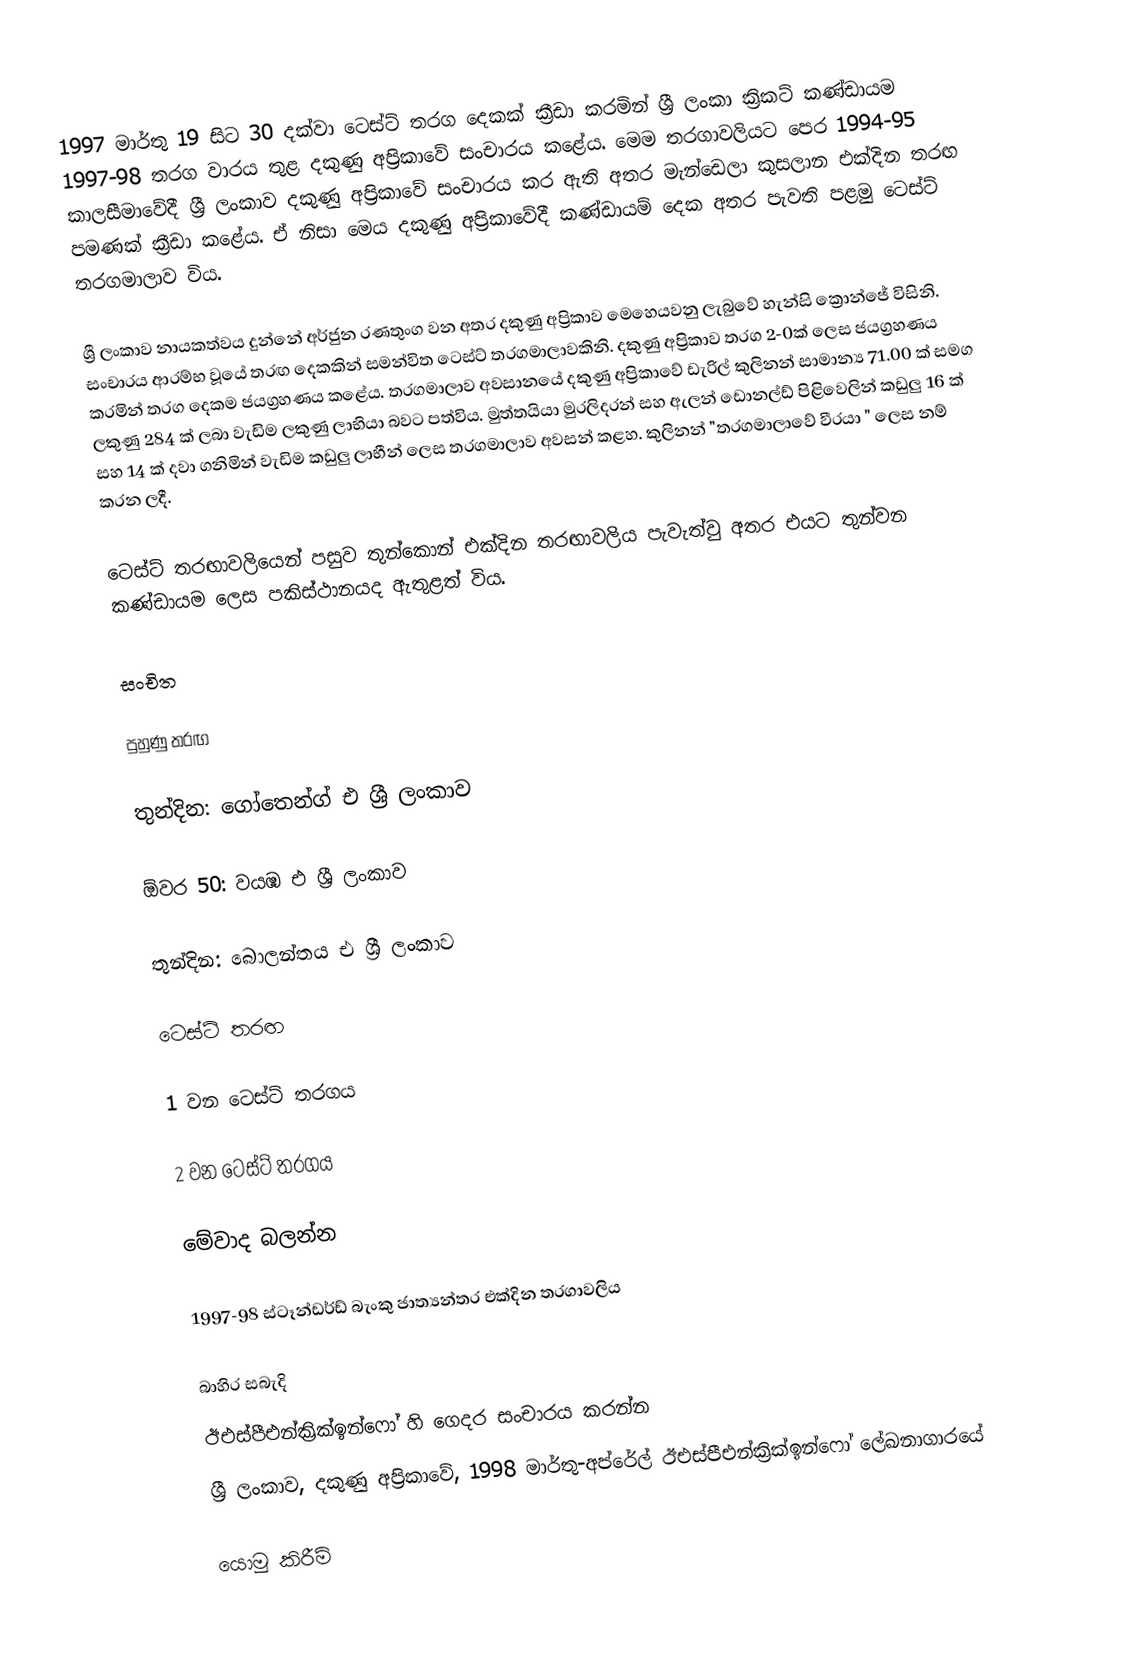
1997 මාර්තු 19 සිට 30 දක්වා ටෙස්ට් තරග දෙකක් ක්‍රීඩා කරමින් ශ්‍රී ලංකා ක්‍රිකට් කණ්ඩායම 1997-98 තරග වාරය තුළ දකුණු අප්‍රිකාවේ සංචාරය කළේය. මෙම තරගාවලියට පෙර 1994-95 කාලසීමාවේදී ශ්‍රී ලංකාව දකුණු අප්‍රිකාවේ සංචාරය කර ඇති අතර මැන්ඩෙලා කුසලාන එක්දින තරඟ පමණක් ක්‍රීඩා කළේය. ඒ නිසා මෙය දකුණු අප්‍රිකාවේදී කණ්ඩායම් දෙක අතර පැවති පළමු ටෙස්ට් තරගමාලාව විය.

ශ්‍රී ලංකාව නායකත්වය දුන්නේ අර්ජුන රණතුංග වන අතර දකුණු අප්‍රිකාව මෙහෙයවනු ලැබුවේ හැන්සි ක්‍රොන්ජේ විසිනි. සංචාරය ආරම්භ වූයේ තරඟ දෙකකින් සමන්විත ටෙස්ට් තරගමාලාවකිනි. දකුණු අප්‍රිකාව තරග 2-0ක් ලෙස ජයග්‍රහණය කරමින් තරග දෙකම ජයග්‍රහණය කළේය. තරගමාලාව අවසානයේ දකුණු අප්‍රිකාවේ ඩැරිල් කුලිනන් සාමාන්‍ය 71.00 ක් සමග ලකුණු 284 ක් ලබා වැඩිම ලකුණු ලාභියා බවට පත්විය.  මුත්තයියා මුරලිදරන් සහ ඇලන් ඩොනල්ඩ් පිළිවෙලින් කඩුලු 16 ක් සහ 14 ක් දවා ගනිමින් වැඩිම කඩුලු ලාභීන් ලෙස තරගමාලාව අවසන් කළහ. කුලිනන් "තරගමාලාවේ වීරයා " ලෙස නම් කරන ලදී.

ටෙස්ට් තරඟාවලියෙන් පසුව තුන්කොන් එක්දින තරඟාවලිය පැවැත්වු අතර එයට තුන්වන කණ්ඩායම ලෙස පකිස්ථානයද ඇතුළත් විය.

සංචිත

පුහුණු තරඟ

තුන්දින: ගෝතෙන්ග් එ ශ්‍රී ලංකාව

ඕවර 50: වයඹ එ ශ්‍රී ලංකාව

තුන්දින: බොලන්තය එ ශ්‍රී ලංකාව

ටෙස්ට් තරඟ

1 වන ටෙස්ට් තරගය

2 වන ටෙස්ට් තරගය

මේවාද බලන්න

 1997-98 ස්ටෑන්ඩර්ඩ් බැංකු ජාත්‍යන්තර එක්දින තරගාවලිය

බාහිර සබැදි
 ඊඑස්පීඑන්ක්‍රික්ඉන්ෆෝ හි ගෙදර සංචාරය කරන්න
 ශ්‍රී ලංකාව, දකුණු අප්‍රිකාවේ, 1998 මාර්තු-අප්රේල් ඊඑස්පීඑන්ක්‍රික්ඉන්ෆෝ ලේඛනාගාරයේ

යොමු කිරීම්